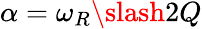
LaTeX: \alpha=\omega_{R}\slash 2Q